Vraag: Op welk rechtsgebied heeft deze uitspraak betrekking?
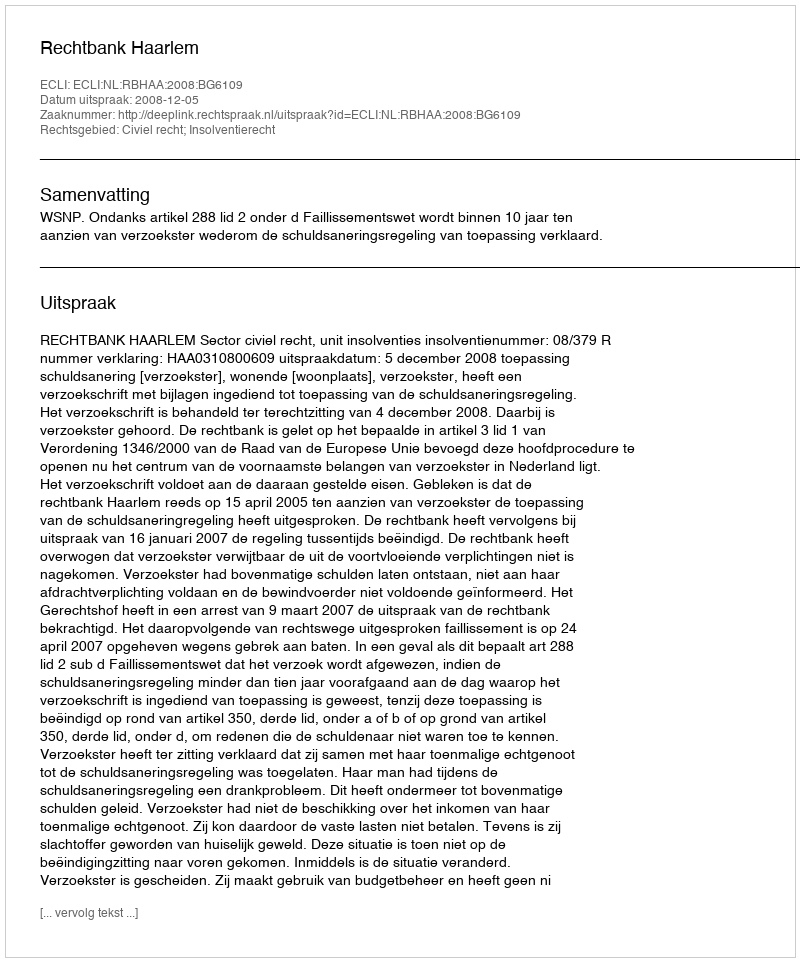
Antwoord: Civiel recht; Insolventierecht